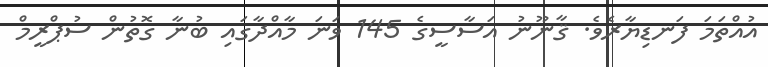
އުއްތަމަ ފަނޑިޔާރެވެ. ޤާނޫނު އަސާސީގެ 145 ވަނަ މާއްދާގައި ބުނާ ގޮތުން ސުޕްރީމް